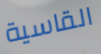
القاسية